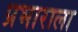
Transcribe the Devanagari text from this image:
प्रभाराला